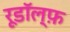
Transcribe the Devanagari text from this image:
रूडॉल्फ़